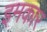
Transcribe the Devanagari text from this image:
इमकार